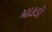
માકડો